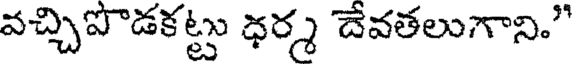
వచ్చిపొడకట్టు ధర్మ దేవతలుగాని."